Indian journal of veterinary science and animal husbandry - Volume 2,
Year: 1932
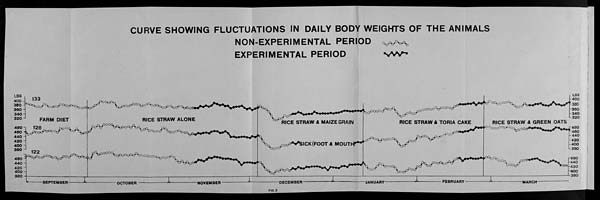
CURVE SHOWING FLUCTUATIONS IN DAILY BODY WEIGHTS OF THE ANIMALS
NON-EXPERIMENTAL PERIOD
EXPERIMENTAL PERIOD